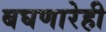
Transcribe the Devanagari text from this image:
बघणारेही